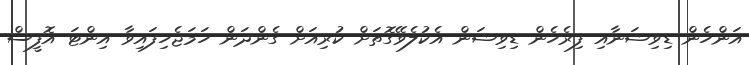
އަންހެން ޑިވިޝަނާއި ފިރެހެން ޑިވިޝަން އެކުލެވޭގޮތަށް ކުރިއަށް ގެންދަން ހަމަޖެހިފައިވާ އިންޓަ އޮފީސް